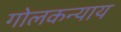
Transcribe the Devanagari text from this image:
गोलकन्याय